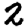
Digit: 2